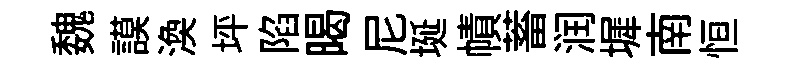
魏謨渙坪陷暍尼埏幘蓄润墀南恒